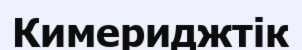
Кимериджтік